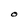
Character: O